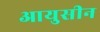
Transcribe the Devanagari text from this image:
आयुसीन